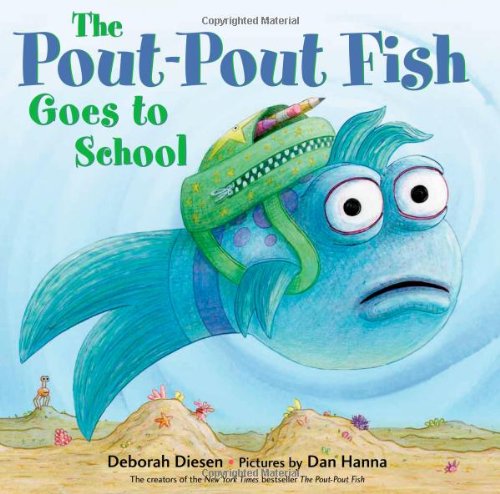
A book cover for The Pout-Pout Fish Goes to School (A Pout-Pout Fish Adventure); Deborah Diesen; Children's Books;